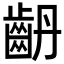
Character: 𪗤